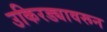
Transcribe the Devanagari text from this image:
उकिरड्यावरून